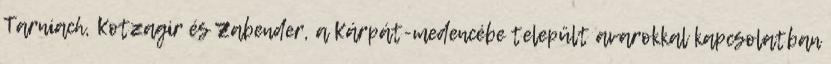
Tarniach, Kotzagir és Zabender, a Kárpát-medencébe települt avarokkal kapcsolatban